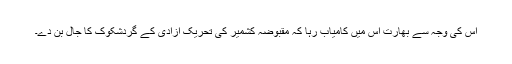
اس کی وجہ سے بھارت اس میں کامیاب رہا کہ مقبوضہ کشمیر کی تحریکِ آزادی کے گردشکوک کا جال بُن دے۔